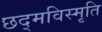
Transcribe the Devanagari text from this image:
छद्मविस्मृति